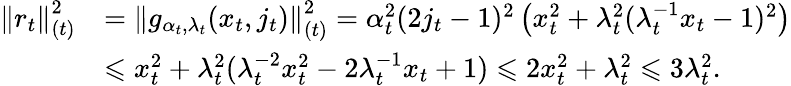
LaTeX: \begin{array}{rl}{\left\| r_{t}\right\| _{(t)}^{2}}&{=\left\| g_{\alpha_{t},\lambda_{t}}(x_{t},j_{t})\right\| _{(t)}^{2}=\alpha_{t}^{2}(2j_{t}-1)^{2}\left(x_{t}^{2}+\lambda_{t}^{2}(\lambda_{t}^{-1}x_{t}-1)^{2}\right)}\\ &{\leqslant x_{t}^{2}+\lambda_{t}^{2}(\lambda_{t}^{-2}x_{t}^{2}-2\lambda_{t}^{-1}x_{t}+1)\leqslant 2x_{t}^{2}+\lambda_{t}^{2}\leqslant 3\lambda_{t}^{2}.}\end{array}